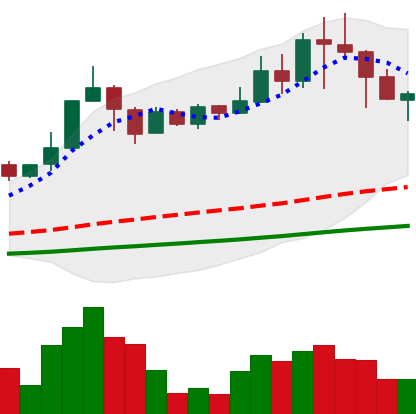
Ticker: TRX-USD
Chart end date: 2021-04-20
Forward return: -23.726%
Label: down_7plus